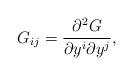
LaTeX: \begin{align*}G_{ij}=\frac{\partial ^2G}{\partial y^i\partial y^j},\end{align*}